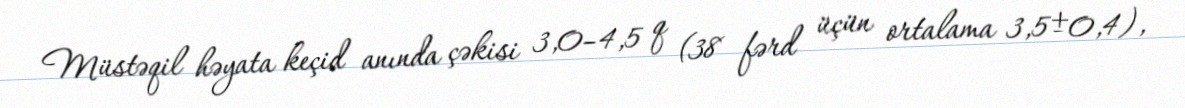
Müstəqil həyata keçid anında çəkisi 3,0–4,5 q (38 fərd üçün ortalama 3,5±0,4),